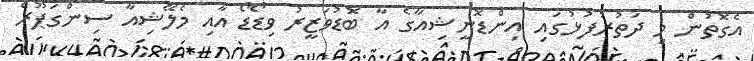
އެގޮތުން މި ދަތުރުފުޅުގައި އިންޑޮނީޝިއާގެ އާ ބޮޑުވަޒީރު ވިޑޯޑޯ އާއި މެލޭޝިއާ ސިންގަޕޫރް